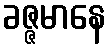
ခဇ္ဇမာနေ